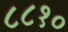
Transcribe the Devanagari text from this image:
८८१०